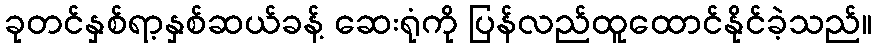
ခုတင်နှစ်ရာ့နှစ်ဆယ်ခန့် ဆေးရုံကို ပြန်လည်ထူထောင်နိုင်ခဲ့သည်။